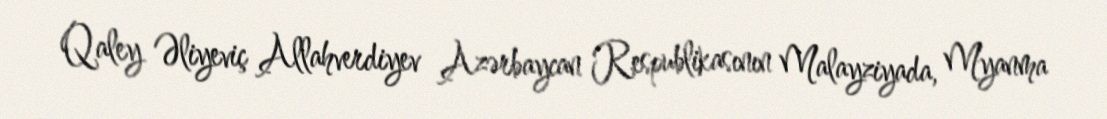
Qaley Əliyeviç Allahverdiyev Azərbaycan Respublikasının Malayziyada, Myanma